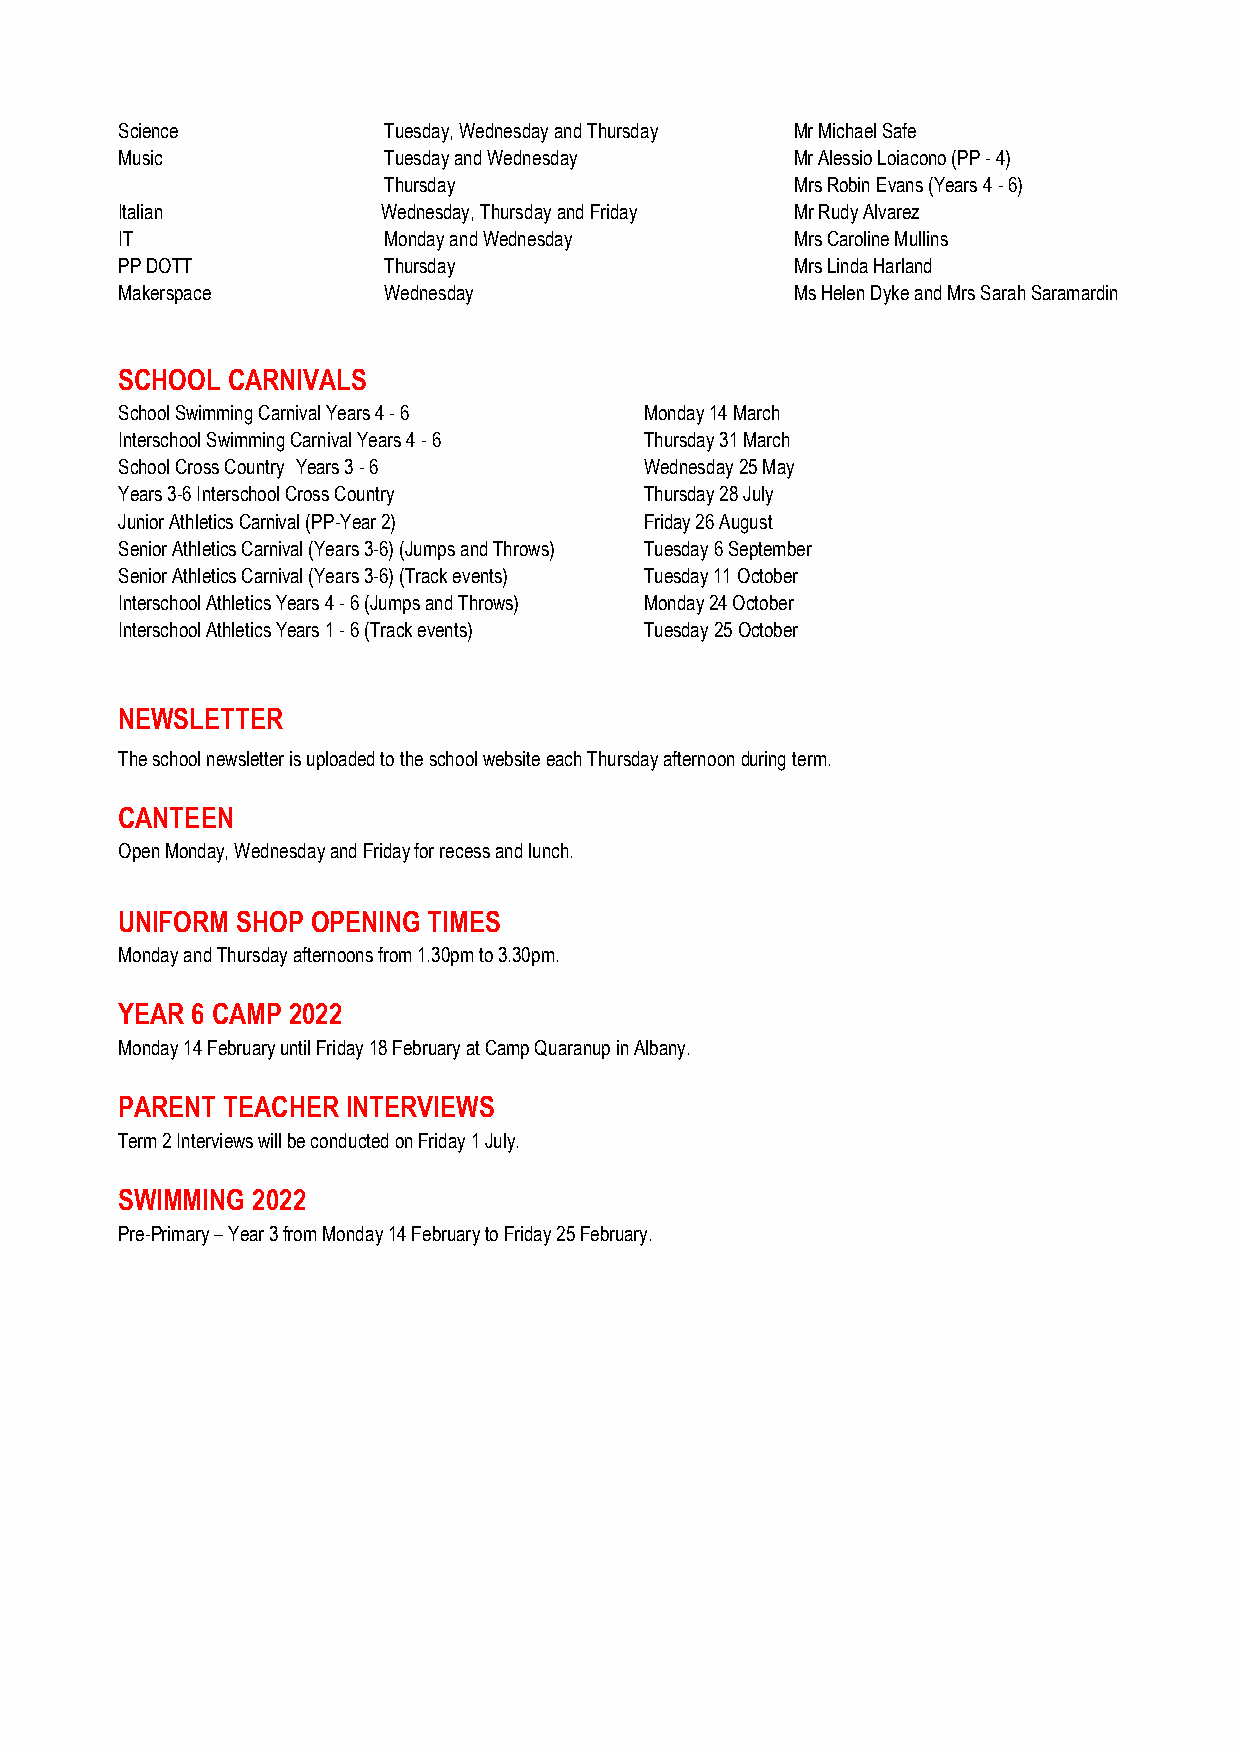
Science          Tuesday, Wednesday and Thursday Mr Michael Safe
 Music            Tuesday and Wednesday       Mr Alessio Loiacono (PP - 4)
 Thursday                    Mrs Robin Evans (Years 4 - 6)
 Italian          Wednesday, Thursday and Friday Mr Rudy Alvarez
 IT               Monday and Wednesday        Mrs Caroline Mullins
 PP DOTT          Thursday                    Mrs Linda Harland
 Makerspace       Wednesday                   Ms Helen Dyke and Mrs Sarah Saramardin
 SCHOOL CARNIVALS
 School Swimming Carnival Years 4 - 6 Monday 14 March
 Interschool Swimming Carnival Years 4 - 6 Thursday 31 March
 School Cross Country Years 3 - 6   Wednesday 25 May
 Years 3-6 Interschool Cross Country Thursday 28 July
 Junior Athletics Carnival (PP-Year 2) Friday 26 August
 Senior Athletics Carnival (Years 3-6) (Jumps and Throws) Tuesday 6 September
 Senior Athletics Carnival (Years 3-6) (Track events) Tuesday 11 October
 Interschool Athletics Years 4 - 6 (Jumps and Throws) Monday 24 October
 Interschool Athletics Years 1 - 6 (Track events) Tuesday 25 October
 NEWSLETTER
 The school newsletter is uploaded to the school website each Thursday afternoon during term.
 CANTEEN
 Open Monday, Wednesday and Friday for recess and lunch.
 UNIFORM SHOP OPENING TIMES
 Monday and Thursday afternoons from 1.30pm to 3.30pm.
 YEAR 6 CAMP 2022
 Monday 14 February until Friday 18 February at Camp Quaranup in Albany.
 PARENT TEACHER INTERVIEWS
 Term 2 Interviews will be conducted on Friday 1 July.
 SWIMMING 2022
 Pre-Primary – Year 3 from Monday 14 February to Friday 25 February.